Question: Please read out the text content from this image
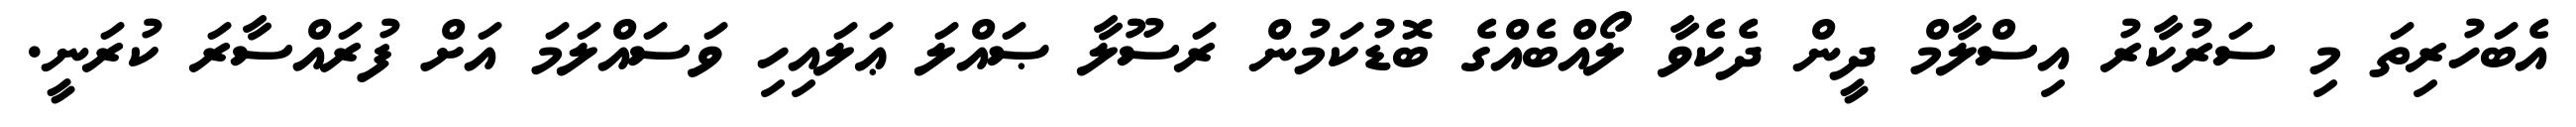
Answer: އެބަހުރިތަ މި ސަރުކާރު އިސްލާމް ދީން ދެކެވާ ލޯއްބެއްގެ ބޮޑުކަމުން ރަސޫލާ ޞައްލަ ޢަލައިހި ވަސައްލަމަ އަށް ފުރައްސާރަ ކުރަނީ.